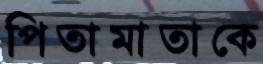
পিতামাতাকে